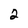
Character: 2